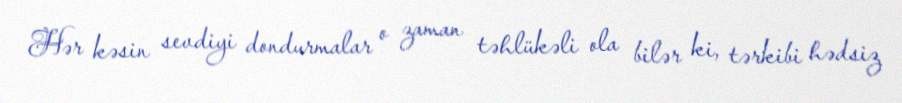
Hər kəsin sevdiyi dondurmalar o zaman təhlükəli ola bilər ki, tərkibi hədsiz